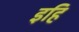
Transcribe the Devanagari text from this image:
इहि